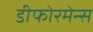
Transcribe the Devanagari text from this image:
डीफोरमेन्स